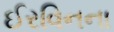
ઈરવિનના